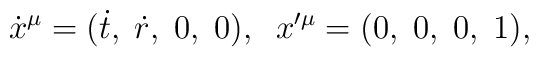
\dot{x}^\mu=(\dot{t},\;\dot{r},\;0,\;0),\;\;x'^\mu=(0,\;0,\;0,\;1),